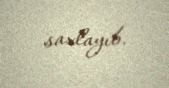
saxlayıb.